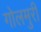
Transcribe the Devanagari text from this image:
गोलमुरी